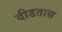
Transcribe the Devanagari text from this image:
दीडतास